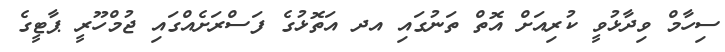
ސިހާމް ވިދާޅުވީ ކުރިއަށް އޮތް ތަނުގައި އދ އަތޮޅުގެ ފަސްރަށެއްގައި ޖުމްހޫރީ ޕާޓީގެ